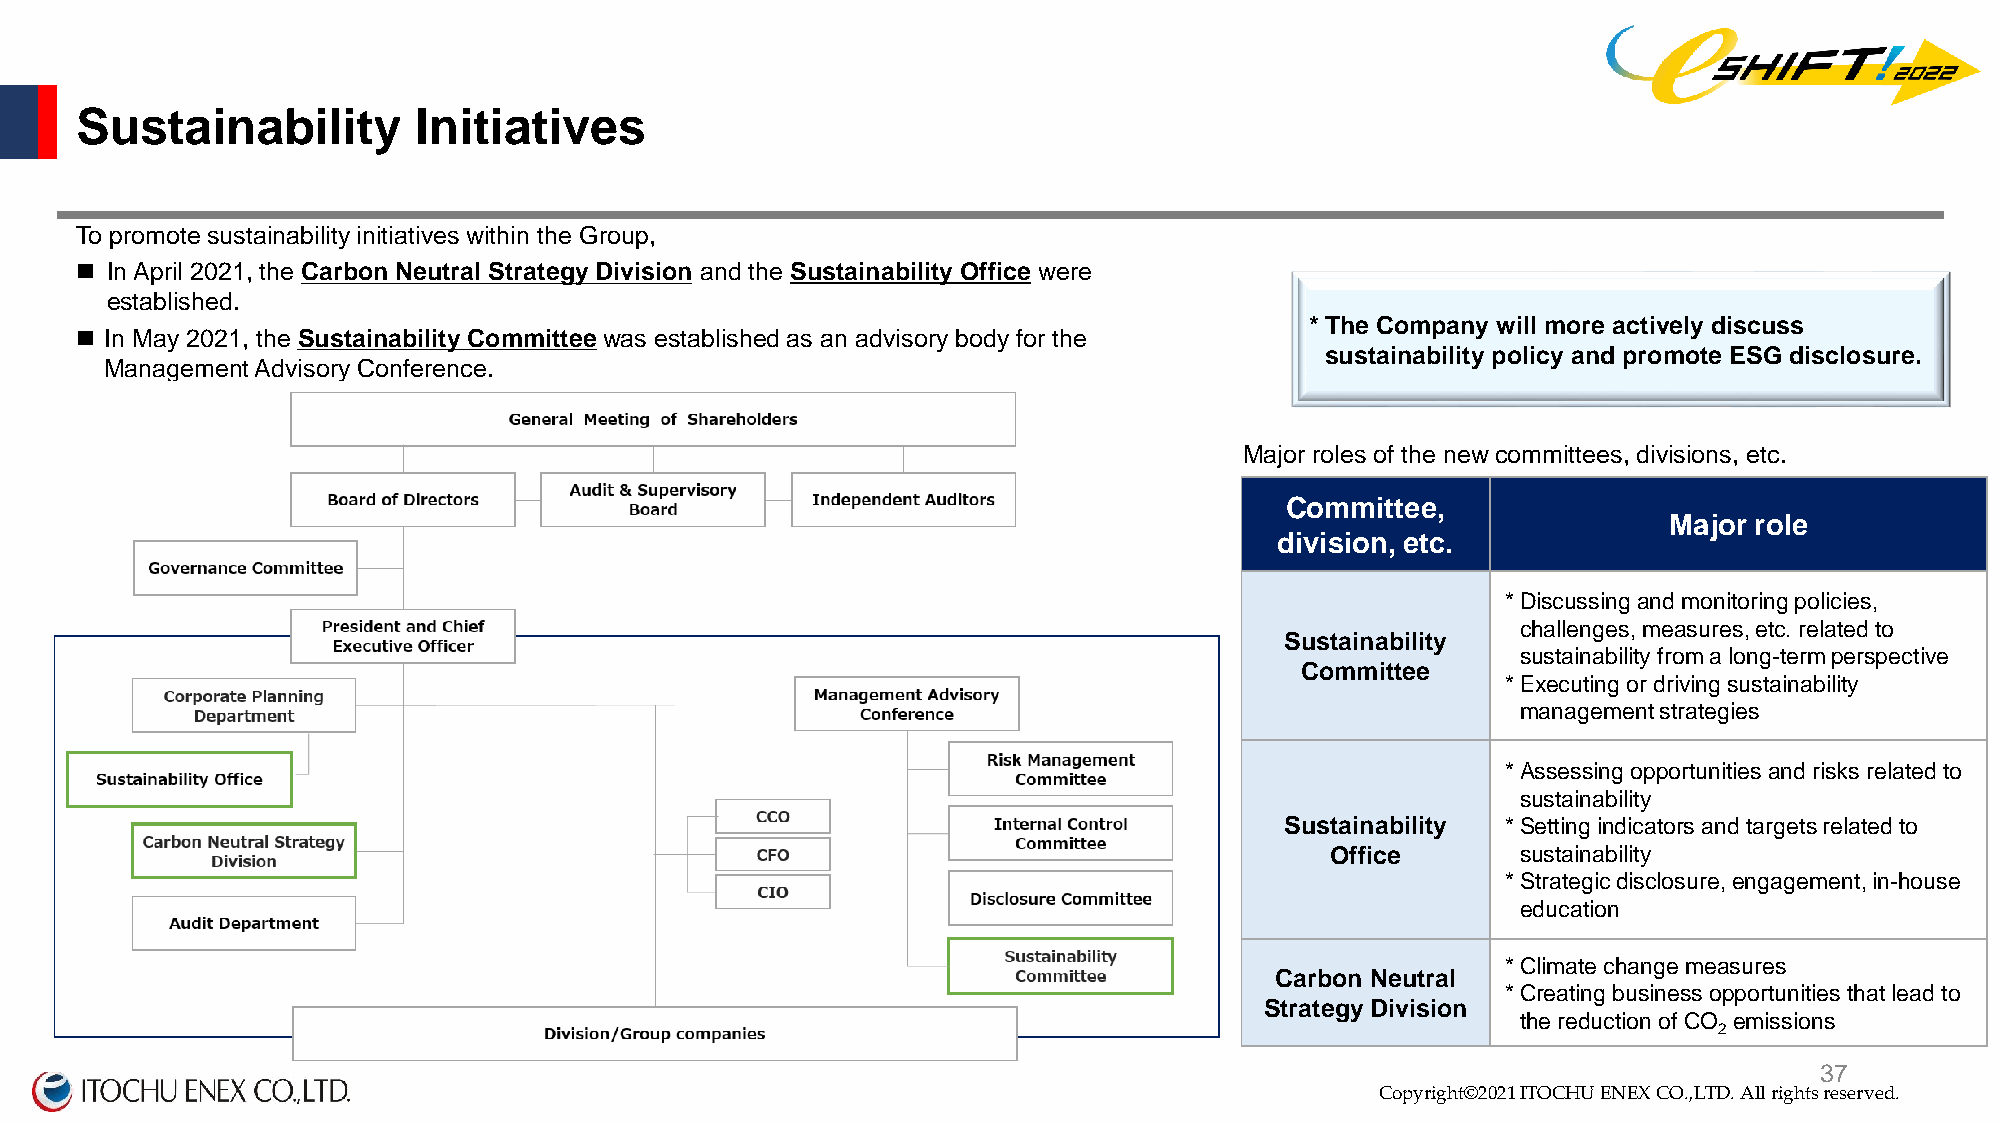
Sustainability        Initiatives
 To promote sustainability initiatives within the Group,
  In April 2021, the Carbon Neutral Strategy Division and the Sustainability Office were
 established.
 *The Company will more actively discuss
  In May 2021, the Sustainability Committee was established as an advisory body for the
 sustainability policy and promote ESG disclosure.
 Management Advisory Conference.
 MMaajjoorr rroolleess ooff tthhee nneeww ccoommmmiitttteeeess,, ddiivviissiioonnss,, eettcc..
 Committee,
 Major role
 division, etc.
 *Discussing and monitoring policies,
 challenges, measures, etc. related to
 Sustainability
 sustainability from a long-term perspective
 Committee
 *Executing or driving sustainability
 management strategies
 *Assessing opportunities and risks related to
 sustainability
 Sustainability *Setting indicators and targets related to
 Office       sustainability
 *Strategic disclosure, engagement, in-house
 education
 *Climate change measures
 Carbon Neutral
 *Creating business opportunities that lead to
 Strategy Division
 the reduction of CO emissions
 2
 Copyright©2020 ITOCHU ENEX CO.,LTD. All right3s 7reserved.
 Copyright©2021 ITOCHU ENEX CO.,LTD. All rights reserved.